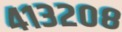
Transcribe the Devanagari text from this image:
४१३२०८